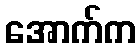
အောက်က